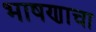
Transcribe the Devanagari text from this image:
भाषणाचा